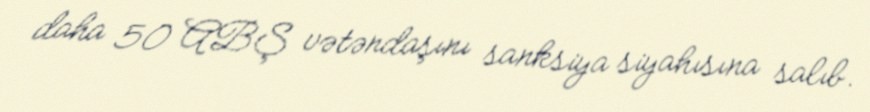
daha 50 ABŞ vətəndaşını sanksiya siyahısına salıb.